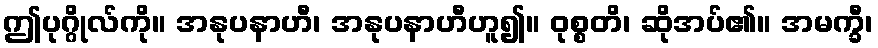
ဤပုဂ္ဂိုလ်ကို။ အနုပနာဟီ၊ အနုပနာဟီဟူ၍။ ဝုစ္စတိ၊ ဆိုအပ်၏။ အမက္ခီ၊